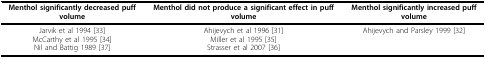
<table><thead><tr><td><b>Menthol significantly decreased puff volume</b></td><td><b>Menthol did not produce a significant effect in puff volume</b></td><td><b>Menthol significantly increased puff volume</b></td></tr></thead><tbody><tr><td>Jarvik et al 1994 [33]McCarthy et al 1995 [34]Nil and Battig 1989 [37]</td><td>Ahijevych et al 1996 [31]Miller et al 1995 [35]Strasser et al 2007 [36]</td><td>Ahijevych and Parsley 1999 [32]</td></tr></tbody></table>